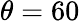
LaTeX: \theta=60